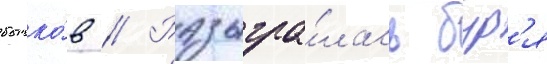
бычко́в // Разыгра́лась бур'я